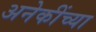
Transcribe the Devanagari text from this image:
अनेकींच्या